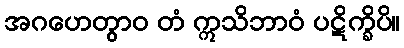
အဂဟေတွာဝ တံ ဣသိဘာဝံ ပဋိက္ခိပိ။